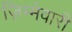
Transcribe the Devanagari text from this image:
ज़िम्मेवारी